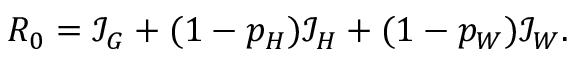
R _ { 0 } = \mathcal I _ { G } + ( 1 - p _ { H } ) \mathcal I _ { H } + ( 1 - p _ { W } ) \mathcal I _ { W } .